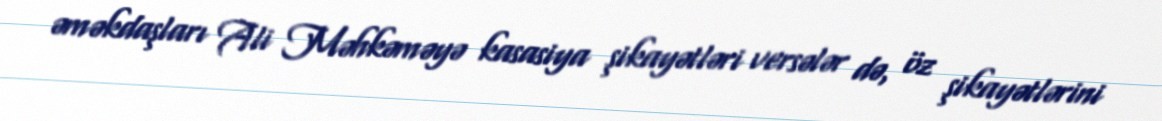
əməkdaşları Ali Məhkəməyə kasasiya şikayətləri versələr də, öz şikayətlərini